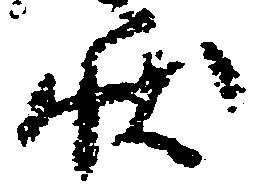
状